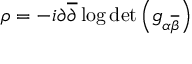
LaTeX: \rho = - i \partial { \overline { { \partial } } } \log \operatorname* { d e t } \left( g _ { \alpha { \overline { { \beta } } } } \right)